Annual report on the Civil Veterinary Department, Burma (including the Insein Veterinary School) - 1910-1922
Year: 1910
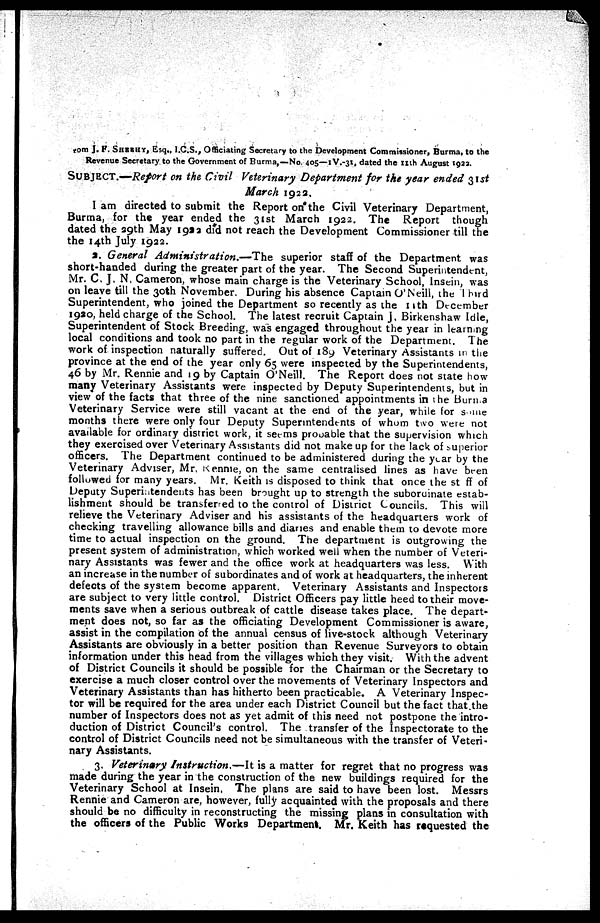
rom J. P. SHEETY, Esq., I.C.S., Officiating Secretary to the Development Commissioner, Burma, to the
Revenue Secretary to the Government of Burma,—No. 405—1V.-31, dated the 11th August 1923.
SUBJECT.—Report on the Civil Veterinary Department for the year ended 31st
March 1922.
I am directed to submit the Report on the Civil Veterinary Department,
Burma, for the year ended the 31st March 1922. The Report though
dated the 39th May 1993 did not reach the Development Commissioner till the
the 14th July 1922.
J. General Administration.—The
superior staff of the Department was
short-handed during the greater part of the year. The Second Superintendent,
Mr. C. J. N. Cameron, whose main charge is the Veterinary School, Insein, was
on leave till the 30th November. During his absence Captain O'Neill, the Third
Superintendent, who joined the Department so recently as the 11th December
1920, held charge of the School. The latest recruit Captain J, Birkenshaw Idle,
Superintendent of Stock Breeding, was engaged throughout the year in learning
local conditions and took no part in the regular work of the Department. The
work of inspection naturally suffered. Out of 189 Veterinary Assistants in the
province at the end of the year only 65 were inspected by the Superintendents,
46 by Mr. Rennie and 19 by Captain O'Neill. The Report does not state how
many Veterinary Assistants were inspected by Deputy Superintendents, but in
view of the facts that three of the nine sanctioned appointments in the Burma
Veterinary Service were still vacant at the end of the year, while for some
months there were only four Deputy Superintendents of whom two were not
available for ordinary district work, it seems probable that the supervision which
they exercised over Veterinary Assistants did not make up for the lack of superior
officers. The Department continued to be administered during the year by the
Veterinary Adviser, Mr, Rennie, on the same centralised lines as have been
followed for many years. Mr. Keith is disposed to think that once the staff of
Deputy Superintendents has been brought up to strength the subordinate estab-
lishment should be transferred to the control of District Councils. This will
relieve the Veterinary Adviser and his assistants of the headquarters work of
checking travelling allowance bills and diaries and enable them to devote more
time to actual inspection on the ground. The department is outgrowing the
present system of administration, which worked well when the number of Veteri-
nary Assistants was fewer and the office work at headquarters was less. With
an increase in the number of subordinates and of work at headquarters, the inherent
defects of the system become apparent. Veterinary Assistants and Inspectors
are subject to very little control. District Officers pay little heed to their move-
ments save when a serious outbreak of cattle disease takes place. The depart-
ment does not, so far as the officiating Development Commissioner is aware,
assist in the compilation of the annual census of live-stock although Veterinary
Assistants are obviously in a better position than Revenue Surveyors to obtain
information under this head from the villages which they visit. With the advent
of District Councils it should be possible for the Chairman or the Secretary to
exercise a much closer control over the movements of Veterinary Inspectors and
Veterinary Assistants than has hitherto been practicable. A Veterinary Inspec-
tor will be required for the area under each District Council but the fact that the
number of Inspectors does not as yet admit of this need not postpone the intro-
duction of District Council's control. The transfer of the Inspectorate to the
control of District Councils need not be simultaneous with the transfer of Veteri-
nary Assistants.
3, Veterinary Instruction.—It is a matter for regret that no progress was
made during the year in the construction of the new buildings required for the
Veterinary School at Insein, The plans are said to have been lost. Messrs
Rennie and Cameron are, however, fully acquainted with the proposals and there
should be no difficulty in reconstructing the missing plans in consultation with
the officers of the Public Works Department. Mr. Keith has requested the